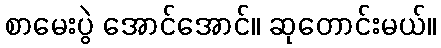
စာမေးပွဲ အောင်အောင်။ ဆုတောင်းမယ်။